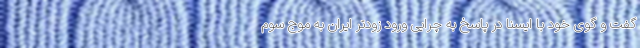
گفت و گوی خود با ایسنا در پاسخ به چرایی ورود زودتر ایران به موج سوم